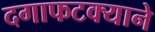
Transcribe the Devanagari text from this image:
दगाफटक्याने